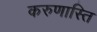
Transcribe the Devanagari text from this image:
करुणास्ति